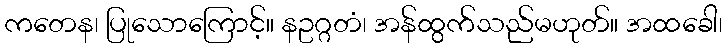
ကတေန၊ ပြုသောကြောင့်။ နဥဂ္ဂတံ၊ အန်ထွက်သည်မဟုတ်။ အထခေါ၊